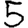
Digit: 5